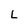
Character: L